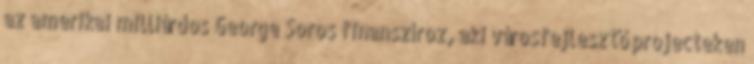
az amerikai milliárdos George Soros finanszíroz, aki városfejlesztő projecteken